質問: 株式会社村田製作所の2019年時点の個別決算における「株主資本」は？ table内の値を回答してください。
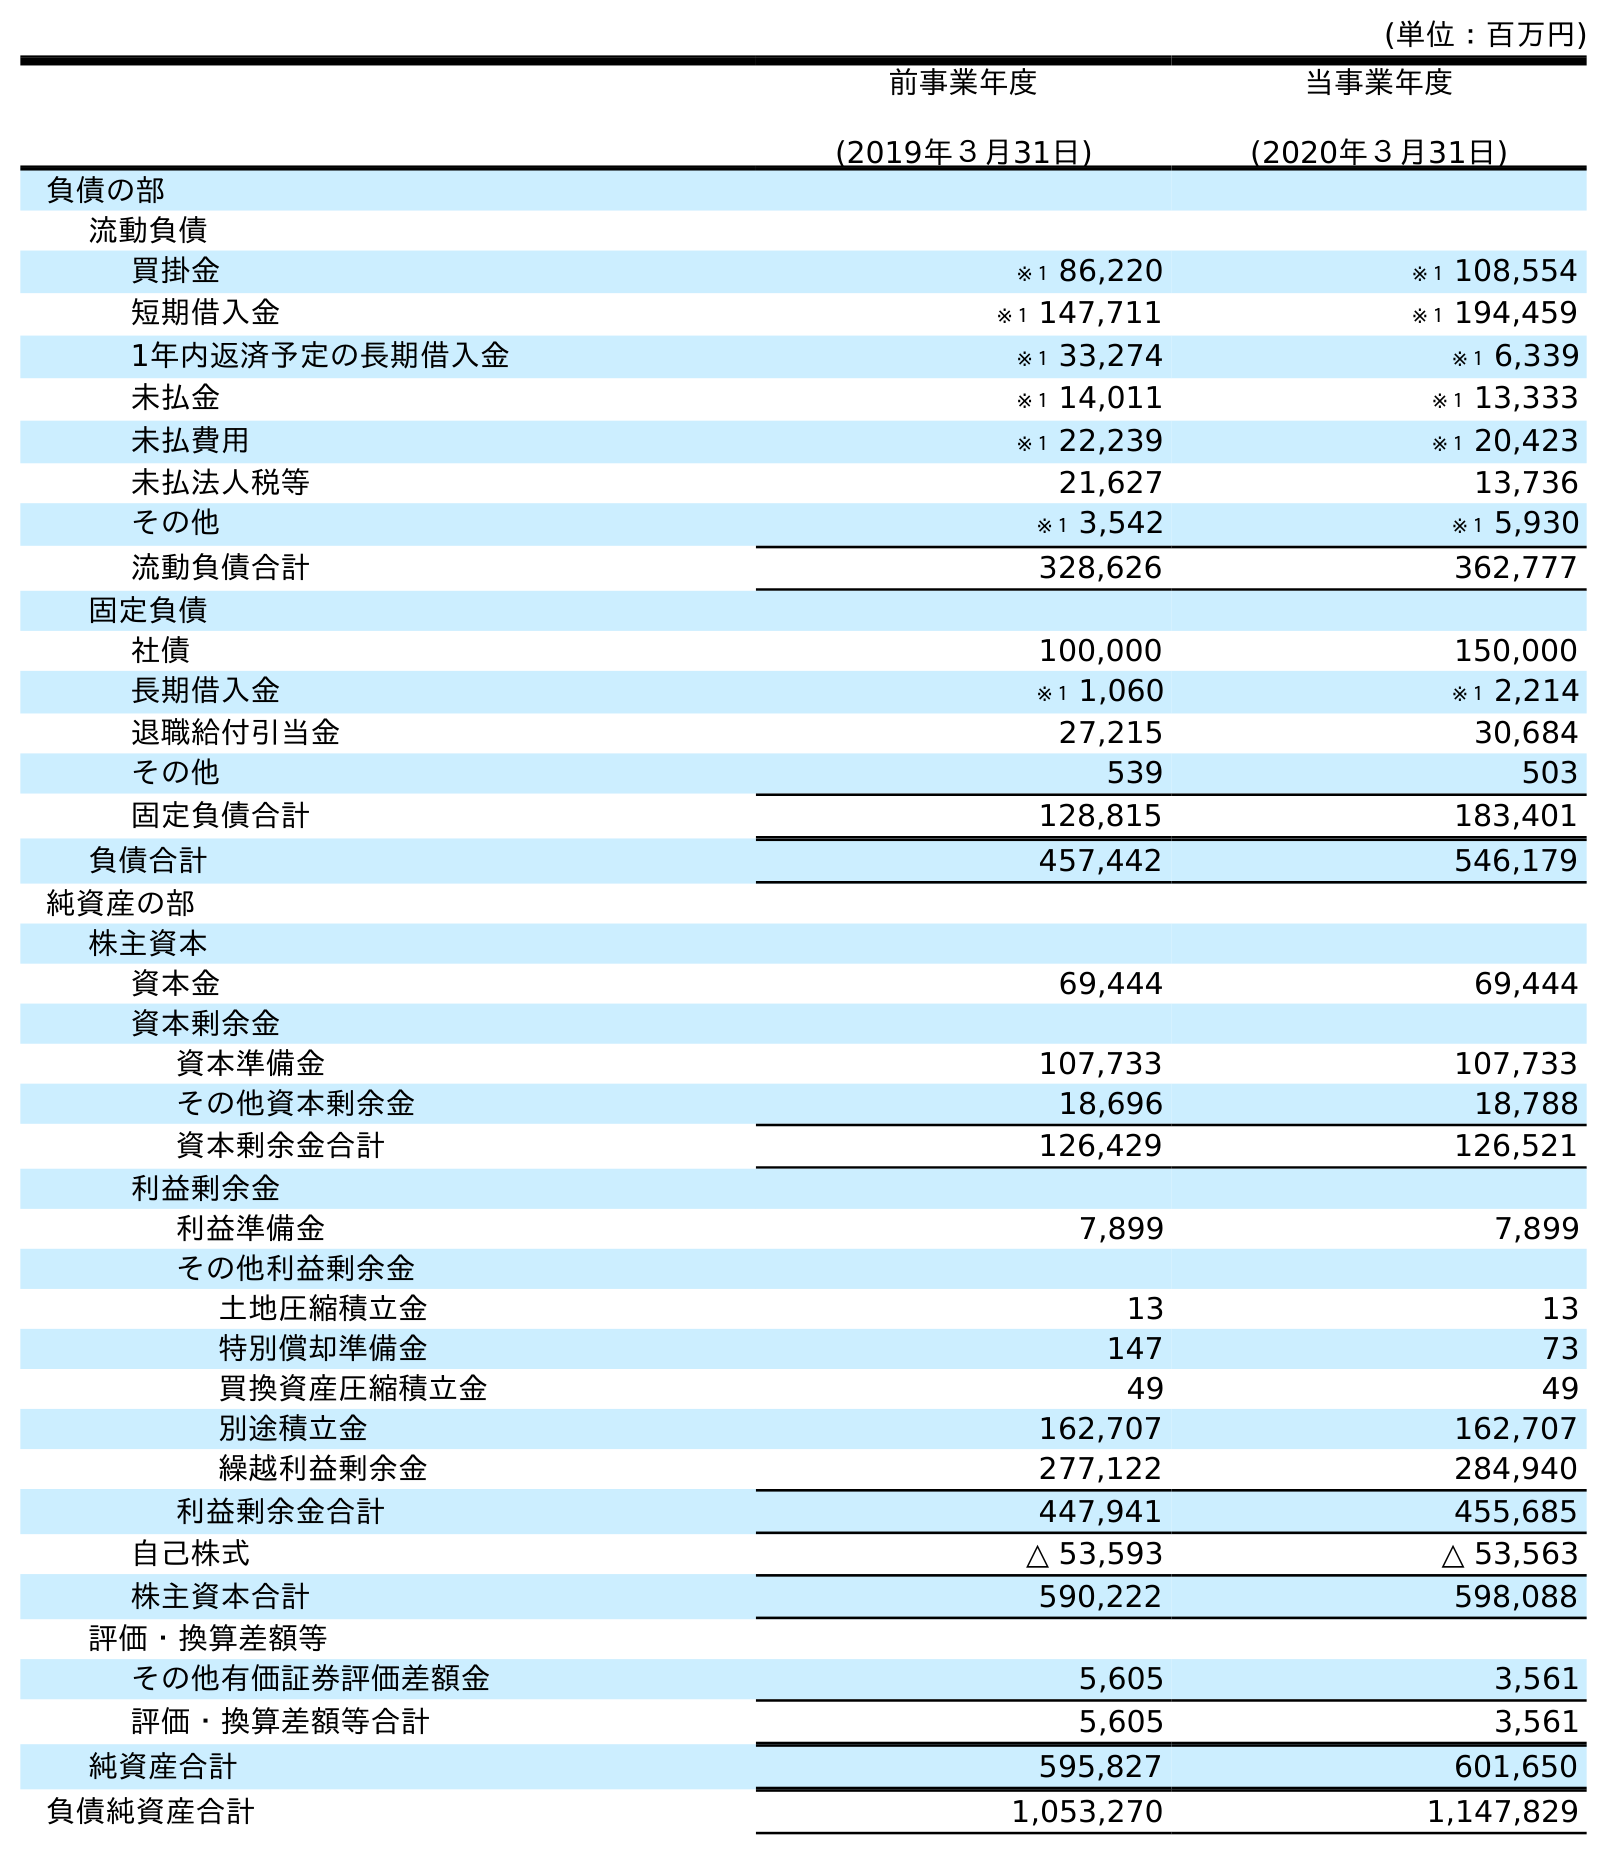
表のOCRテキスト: (単位：百万円) 前事業年度 (2019年３月31日) 当事業年度 (2020年３月31日) 負債の部 流動負債 買掛金 ※１ 86,220 ※１ 108,554 短期借入金 ※１ 147,711 ※１ 194,459 1年内返済予定の長期借入金 ※１ 33,274 ※１ 6,339 未払金 ※１ 14,011 ※１ 13,333 未払費用 ※１ 22,239 ※１ 20,423 未払法人税等 21,627 13,736 その他 ※１ 3,542 ※１ 5,930 流動負債合計 328,626 362,777 固定負債 社債 100,000 150,000 長期借入金 ※１ 1,060 ※１ 2,214 退職給付引当金 27,215 30,684 その他 539 503 固定負債合計 128,815 183,401 負債合計 457,442 546,179 純資産の部 株主資本 資本金 69,444 69,444 資本剰余金 資本準備金 107,733 107,733 その他資本剰余金 18,696 18,788 資本剰余金合計 126,429 126,521 利益剰余金 利益準備金 7,899 7,899 その他利益剰余金 土地圧縮積立金 13 13 特別償却準備金 147 73 買換資産圧縮積立金 49 49 別途積立金 162,707 162,707 繰越利益剰余金 277,122 284,940 利益剰余金合計 447,941 455,685 自己株式 △ 53,593 △ 53,563 株主資本合計 590,222 598,088 評価・換算差額等 その他有価証券評価差額金 5,605 3,561 評価・換算差額等合計 5,605 3,561 純資産合計 595,827 601,650 負債純資産合計 1,053,270 1,147,829
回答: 590,222